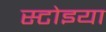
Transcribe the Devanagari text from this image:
स्टोइया